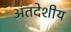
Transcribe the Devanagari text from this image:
अंतदेशीय